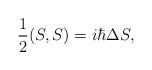
LaTeX: \begin{align*}{1\over2}(S,S)=i\hbar\Delta S,\end{align*}